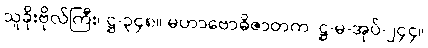
သူခိုးဗိုလ်ကြီး၊ ဋ္ဌ-၃၄၈။ မဟာဗောဓိဇာတက၊ ဋ္ဌ-မ-အုပ်-၂၄၄။